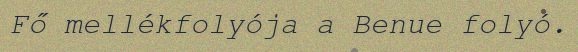
Fő mellékfolyója a Benue folyó.